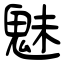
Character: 魅